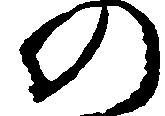
の